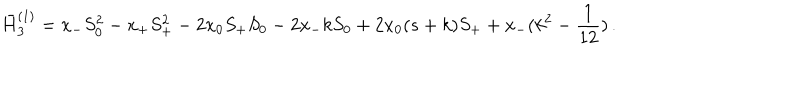
LaTeX: \bar { H } _ { 3 } ^ { ( 1 ) } = x _ { - } S _ { 0 } ^ { 2 } - x _ { + } S _ { + } ^ { 2 } - 2 x _ { 0 } S _ { + } S _ { 0 } - 2 x _ { - } k S _ { 0 } + 2 x _ { 0 } ( s + k ) S _ { + } + x _ { - } ( k ^ { 2 } - \frac { 1 } { 1 2 } ) \, .